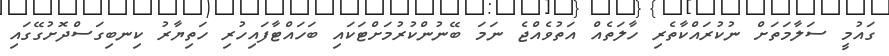
ގައުމީ ސަލާމަތަށް ނުކުރައްކާތެރި ހާލަތެއް އަތުވެއްޖެ ނަމަ ބޭނުންކުރުމަށްޓަކައި ބަހައްޓާފައިހުރި ހަތިޔާރު ކިނބިގަސްދޮށުގޭގައި